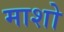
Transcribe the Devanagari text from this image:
माशो